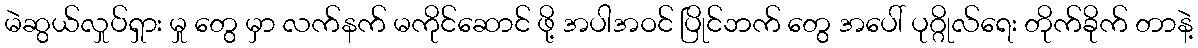
မဲဆွယ်လှုပ်ရှား မှု တွေ မှာ လက်နက် မကိုင်ဆောင် ဖို့ အပါအဝင် ပြိုင်ဘက် တွေ အပေါ် ပုဂ္ဂိုလ်ရေး တိုက်ခိုက် တာနဲ့